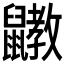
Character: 𪖄